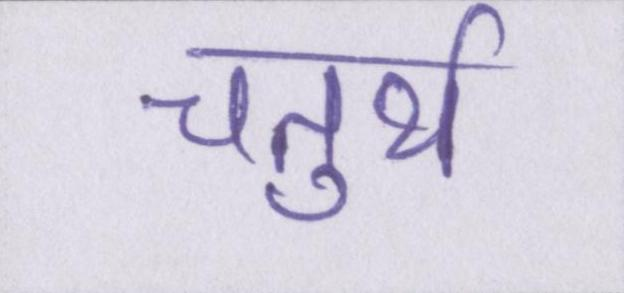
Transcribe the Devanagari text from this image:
चतुर्थ